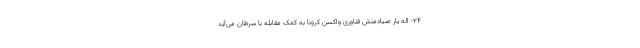
٢٤- اله یار صیادمنش فناوری واکسن کرونا به کمک مقابله با سرطان می‌آید